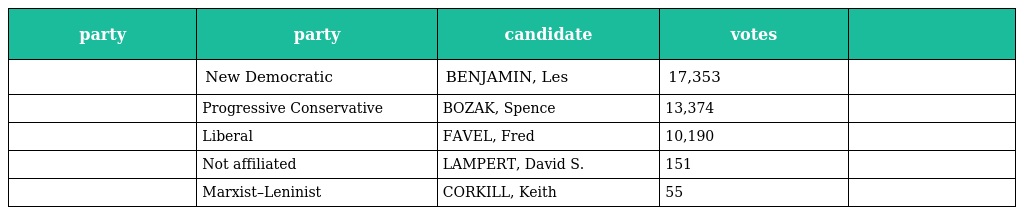
| party | party | candidate | votes |  |
 | --- | --- | --- | --- | --- |
 |  | New Democratic | BENJAMIN, Les | 17,353 |  |
 |  | Progressive Conservative | BOZAK, Spence | 13,374 |  |
 |  | Liberal | FAVEL, Fred | 10,190 |  |
 |  | Not affiliated | LAMPERT, David S. | 151 |  |
 |  | Marxist–Leninist | CORKILL, Keith | 55 |  |